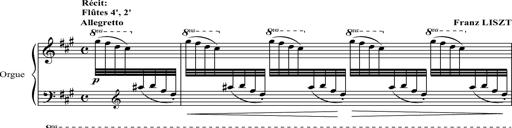
Title: 2 LÃ©gendes
Composer: Franz Liszt